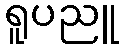
ရူပညူ